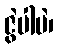
ဇွဲပါပဲ၊